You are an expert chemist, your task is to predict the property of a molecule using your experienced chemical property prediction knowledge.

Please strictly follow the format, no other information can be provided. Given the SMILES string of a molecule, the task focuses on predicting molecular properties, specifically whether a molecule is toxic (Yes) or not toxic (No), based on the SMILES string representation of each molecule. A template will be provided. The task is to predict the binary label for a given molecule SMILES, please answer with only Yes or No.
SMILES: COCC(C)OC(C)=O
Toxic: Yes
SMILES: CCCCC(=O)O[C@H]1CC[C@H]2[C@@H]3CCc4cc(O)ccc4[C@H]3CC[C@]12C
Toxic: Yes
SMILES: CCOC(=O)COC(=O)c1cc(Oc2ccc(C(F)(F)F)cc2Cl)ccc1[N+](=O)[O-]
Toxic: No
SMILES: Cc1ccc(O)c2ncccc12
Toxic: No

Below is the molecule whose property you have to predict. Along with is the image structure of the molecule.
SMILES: Cn1c(=O)cc(Oc2ccc(F)cc2F)c2cnc(NCC(C)(C)O)nc21
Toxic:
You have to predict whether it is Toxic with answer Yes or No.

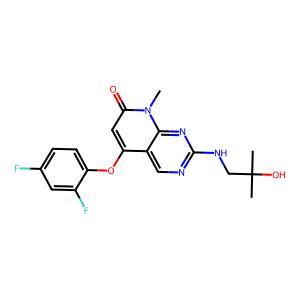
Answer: No